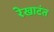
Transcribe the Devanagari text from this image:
रेखाटंत